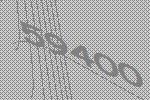
59400